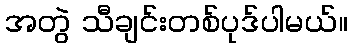
အတွဲ သီချင်းတစ်ပုဒ်ပါမယ်။